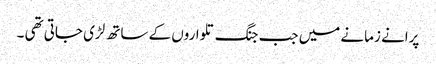
پرانے زمانے میں جب جنگ تلواروں کے ساتھ لڑی جاتی تھی ۔